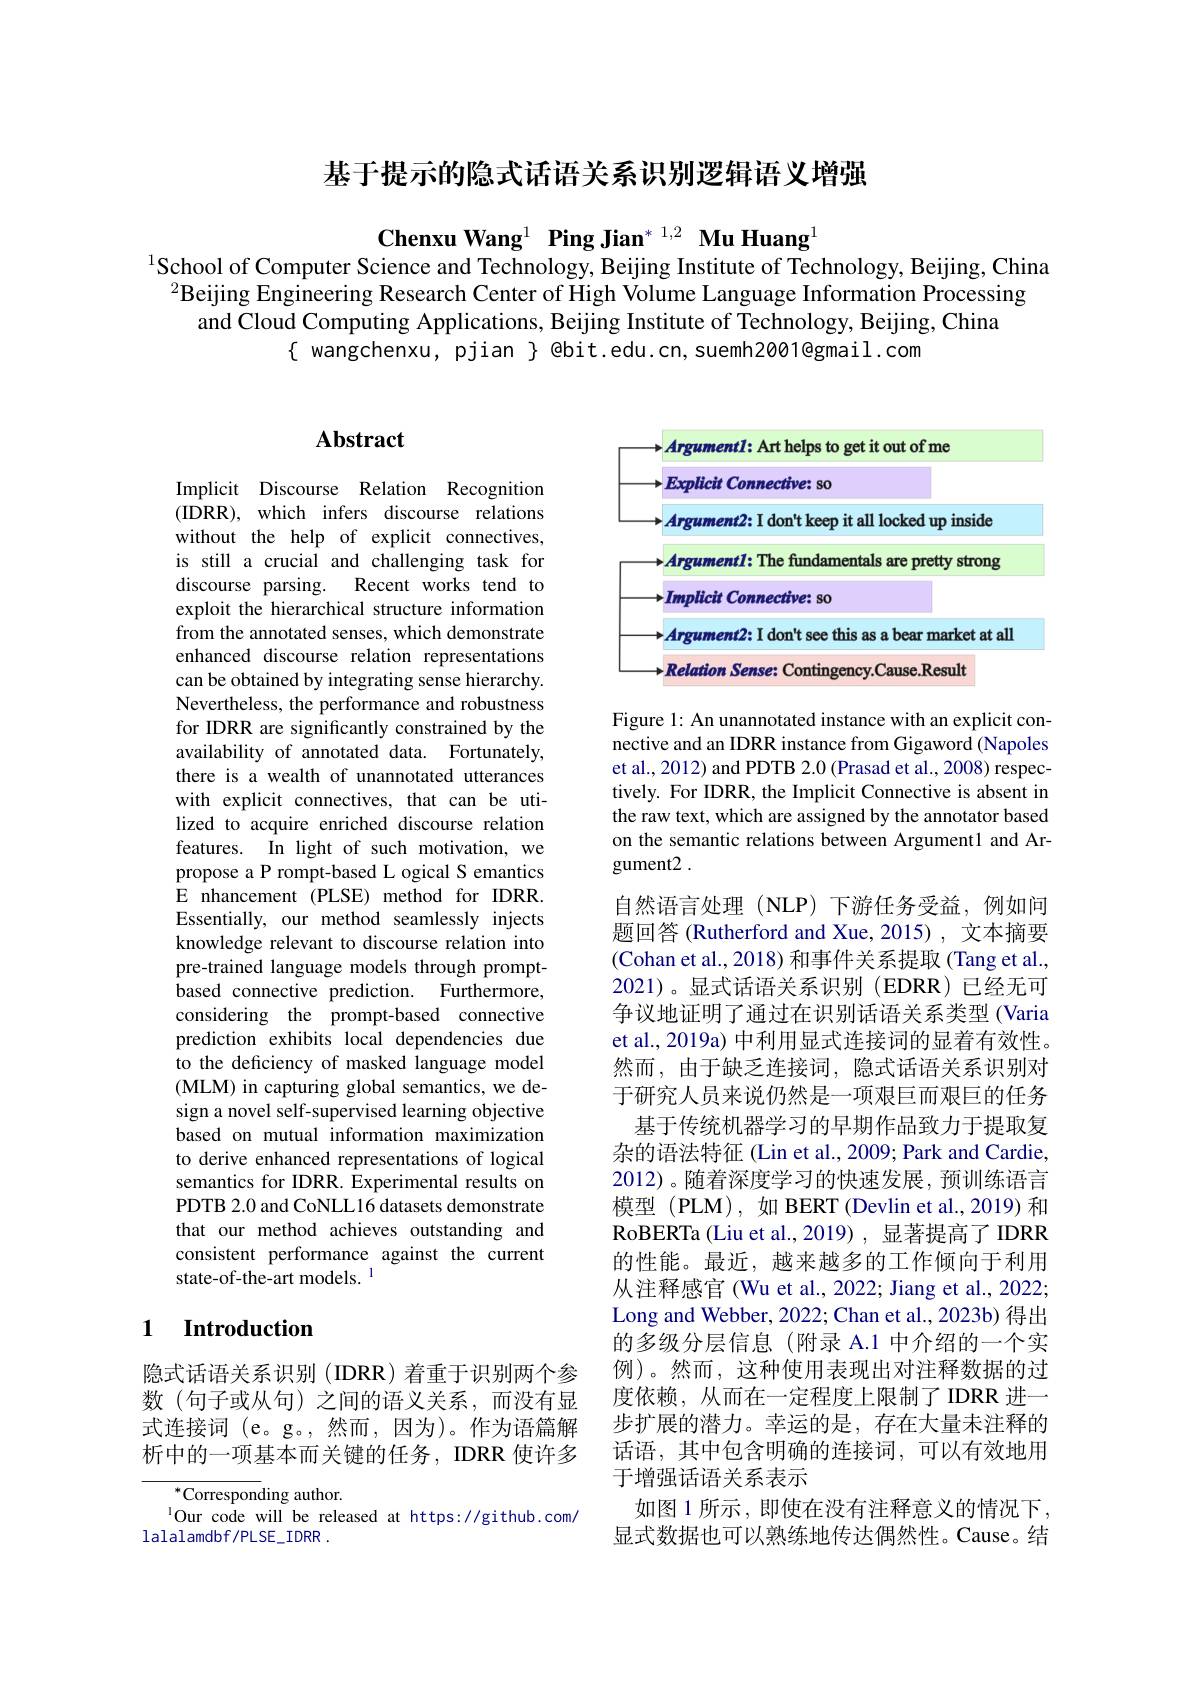
基于提示的隐式话语关系识别逻辑语义增强

$\textbf{Chenxu Wang}^{1}\textbf{ Ping Jian}^{*\:1,2}\textbf{ Mu Huang}^{1}$
$^{1}$School of Computer Science and Technology, Beijing Institute of Technology, Beijing, China
$^{2}$Beijing Engineering Research Center of High Volume Language Information Processing
and Cloud Computing Applications, Beijing Institute of Technology, Beijing, China
$\{$ wangchenxu, pjian $\}$ @bit.edu.cn, suemh2001@gmail.com

## $\mathbf{Abstract}$

Implicit Discourse Relation Recognition (IDRR), which infers discourse relations without the help of explicit connectives, is still a crucial and challenging task for discourse parsing. Recent works tend to exploit the hierarchical structure information from the annotated senses, which demonstrate enhanced discourse relation representations can be obtained by integrating sense hierarchy. Nevertheless, the performance and robustness for IDRR are significantly constrained by the availability of annotated data. Fortunately, there is a wealth of unannotated utterances with explicit connectives, that can be utilized to acquire enriched discourse relation features. In light of such motivation, we propose a P rompt-based L ogical S emantics E nhancement (PLSE) method for IDRR. Essentially, our method seamlessly injects knowledge relevant to discourse relation into pre-trained language models through promptbased connective prediction. Furthermore, considering the prompt-based connective prediction exhibits local dependencies due to the deficiency of masked language model (MLM) in capturing global semantics, we design a novel self-supervised learning objective based on mutual information maximization to derive enhanced representations of logical semantics for IDRR. Experimental results on PDTB 2.0 and CoNLL16 datasets demonstrate that our method achieves outstanding and consistent performance against the current state-of-the-art models. ^1

### 1 $\textbf{Introduction}$

隐式话语关系识别(IDRR)着重于识别两个参数(句子或从句)之间的语义关系，而没有显式连接词 (e。g。,然而，因为)。作为语篇解析中的一项基本而关键的任务，IDRR 使许多

$^{*}$Corresponding author.
$^{1}$Our code will be released at https://github.com/
lalalamdbf/PLSE\_IDRR.

<FigureHere>

Figure 1: An unannotated instance with an explicit connective and an IDRR instance from Gigaword (Napoles et al., 2012) and PDTB 2.0 (Prasad et al., 2008) respectively. For IDRR, the Implicit Connective is absent in the raw text, which are assigned by the annotator based on the semantic relations between Argument1 and Argument2 .

自然语言处理(NLP)下游任务受益，例如问题回答 (Rutherford and Xue, 2015) , 文本摘要(Cohan et al., 2018) 和事件关系提取(Tang et al. 2021)。显式话语关系识别(EDRR)已经无可争议地证明了通过在识别话语关系类型 (Varia et al., 2019a) 中利用显式连接词的显着有效性。然而，由于缺乏连接词，隐式话语关系识别对于研究人员来说仍然是一项艰巨而艰巨的任务
基于传统机器学习的早期作品致力于提取复杂的语法特征 (Lin et al., 2009; Park and Cardie, 2012)。随着深度学习的快速发展，预训练语言模型(PLM),如 BERT(Devlin et al.,2019)和RoBERTa (Liu et al., 2019) , 显著提高了 IDRR 的性能。最近，越来越多的工作倾向于利用从注释感官 (Wu et al., 2022; Jiang et al., 2022; Long and Webber, 2022; Chan et al., 2023b) 得出的多级分层信息(附录 A.1 中介绍的一个实例)。然而，这种使用表现出对注释数据的过度依赖，从而在一定程度上限制了IDRR 进一步扩展的潜力。幸运的是，存在大量未注释的话语，其中包含明确的连接词，可以有效地用于增强话语关系表示
如图 1 所示，即使在没有注释意义的情况下， 显式数据也可以熟练地传达偶然性。Cause。结